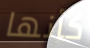
كأنها